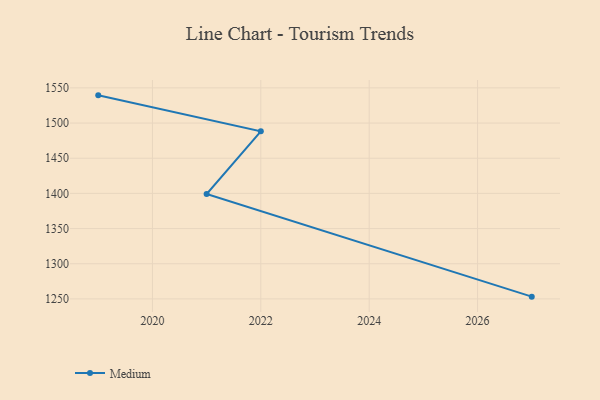
{"axis": {"x": "Year", "y": "Net Income (USD K)"}, "legend": ["Medium"], "data": [{"x": "2019", "y": 1539.4, "type": "Medium"}, {"x": "2022", "y": 1488.2, "type": "Medium"}, {"x": "2021", "y": 1399.1, "type": "Medium"}, {"x": "2027", "y": 1253.2, "type": "Medium"}]}